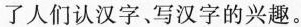
了人们认汉字、写汉字的兴趣。